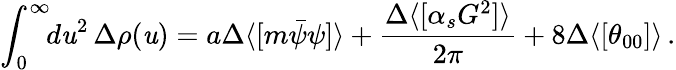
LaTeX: \int_{0}^{\infty}\! \! d\mathit{u}^{2}\, \Delta\rho(\mathit{u})=a\Delta\langle[m\bar{{\psi}}\psi]\rangle+{\frac{{\Delta\langle[\alpha_{s}G^{2}]\rangle}}{{2\pi}}}+8\Delta\langle[\theta_{00}]\rangle\, .